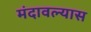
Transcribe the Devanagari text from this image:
मंदावल्यास